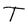
Character: T